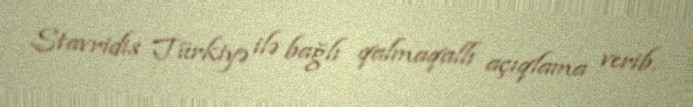
Stavridis Türkiyə ilə bağlı qalmaqallı açıqlama verib.